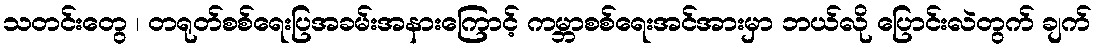
သတင်းတွေ ၊ တရုတ်စစ်ရေးပြအခမ်းအနားကြောင့် ကမ္ဘာစစ်ရေးအင်အားမှာ ဘယ်လို ပြောင်းလဲတွက် ချက်